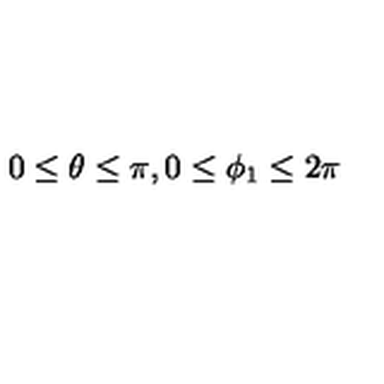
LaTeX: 0 \leq \theta \leq \pi , 0 \leq \phi _ { 1 } \leq 2 \pi